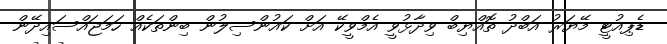
ޑެޕިއުޓީ މޭޔަރު އަބްދު ތޮއްޔިބް ވިދާޅުވީ އެމްވީކޭ އަށް ކައުންސިލުން ބިންތަކެއް ހަމަޖައްސައިދޭން